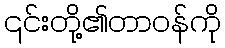
၎င်းတို့၏တာဝန်ကို